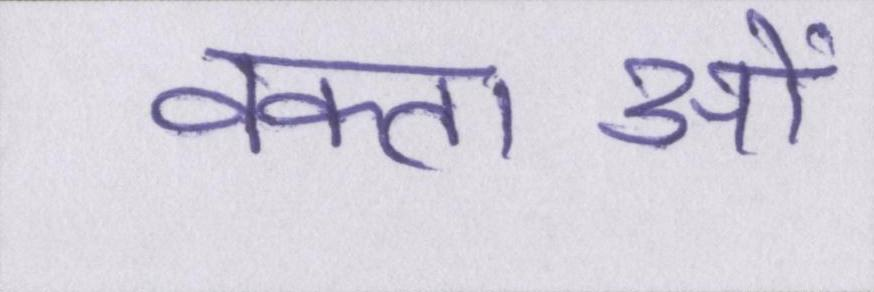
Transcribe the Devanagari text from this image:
वक्ताओं